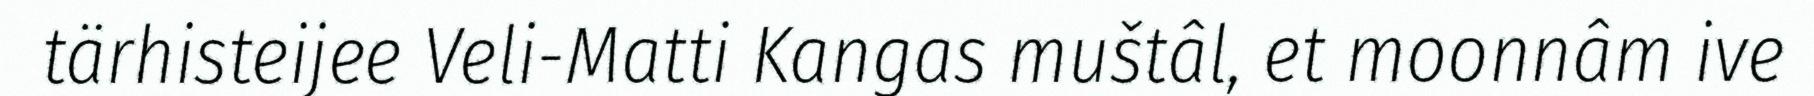
tärhisteijee Veli-Matti Kangas muštâl, et moonnâm ive